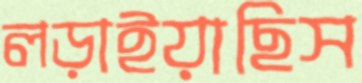
লড়াইয়াছিস